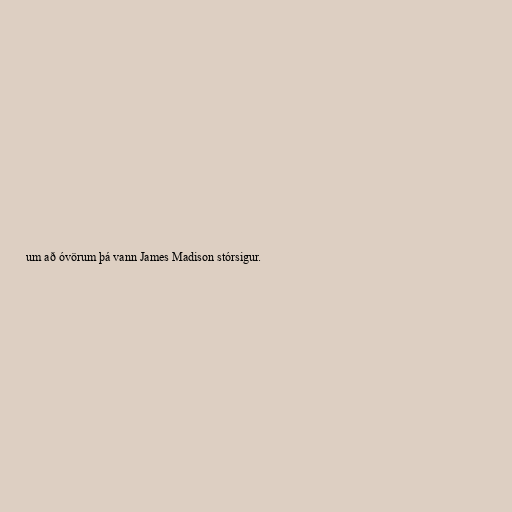
um að óvörum þá vann James Madison stórsigur.